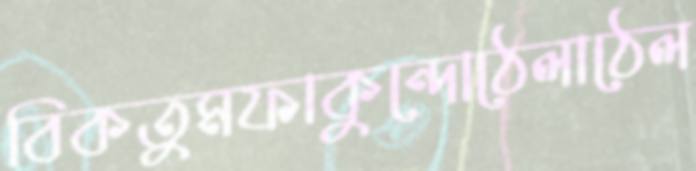
বিকতুমফাকুন্দোঠেলাঠেল